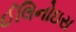
ઈલિનોઇસ